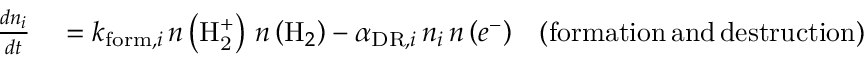
\begin{array} { r l r } { \frac { d n _ { i } } { d t } } & { { } = k _ { \mathrm { f o r m } , i } \, n \left( \mathrm { H _ { 2 } ^ { + } } \right) \, n \left( \mathrm { H } _ { 2 } \right) - \alpha _ { \mathrm { D R } , i } \, n _ { i } \, n \left( e ^ { - } \right) } & { \mathrm { ( f o r m a t i o n \, a n d \, d e s t r u c t i o n ) } } \end{array}